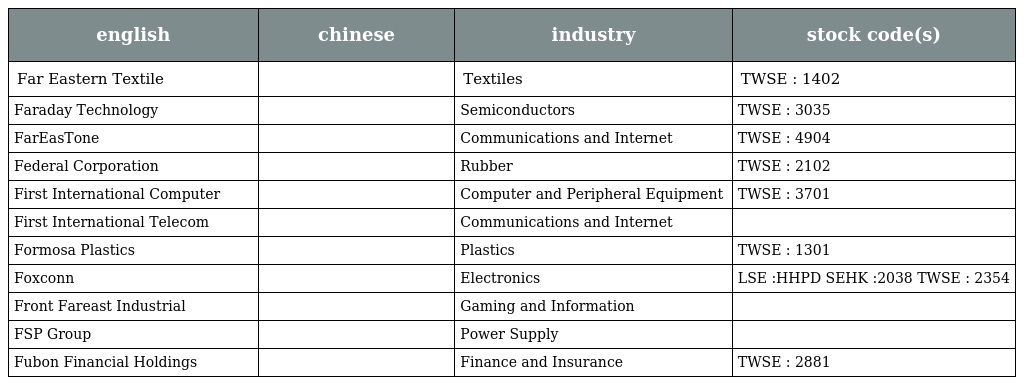
| english | chinese | industry | stock code(s) |
 | --- | --- | --- | --- |
 | Far Eastern Textile | 遠東紡織 | Textiles | TWSE : 1402 |
 | Faraday Technology | 智原科技 | Semiconductors | TWSE : 3035 |
 | FarEasTone | 遠傳電信 | Communications and Internet | TWSE : 4904 |
 | Federal Corporation | 泰豐集團 | Rubber | TWSE : 2102 |
 | First International Computer | 大眾電腦 | Computer and Peripheral Equipment | TWSE : 3701 |
 | First International Telecom | 大眾電信 | Communications and Internet |  |
 | Formosa Plastics | 台塑企業 | Plastics | TWSE : 1301 |
 | Foxconn | 鴻海科技 | Electronics | LSE :HHPD SEHK :2038 TWSE : 2354 |
 | Front Fareast Industrial | 正先實業 | Gaming and Information |  |
 | FSP Group | 全漢企業 | Power Supply |  |
 | Fubon Financial Holdings | 富邦金控 | Finance and Insurance | TWSE : 2881 |